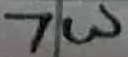
Text: 7W